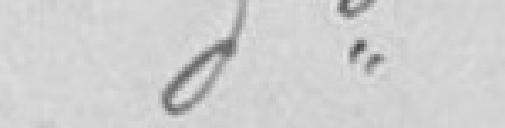
(réserviste)